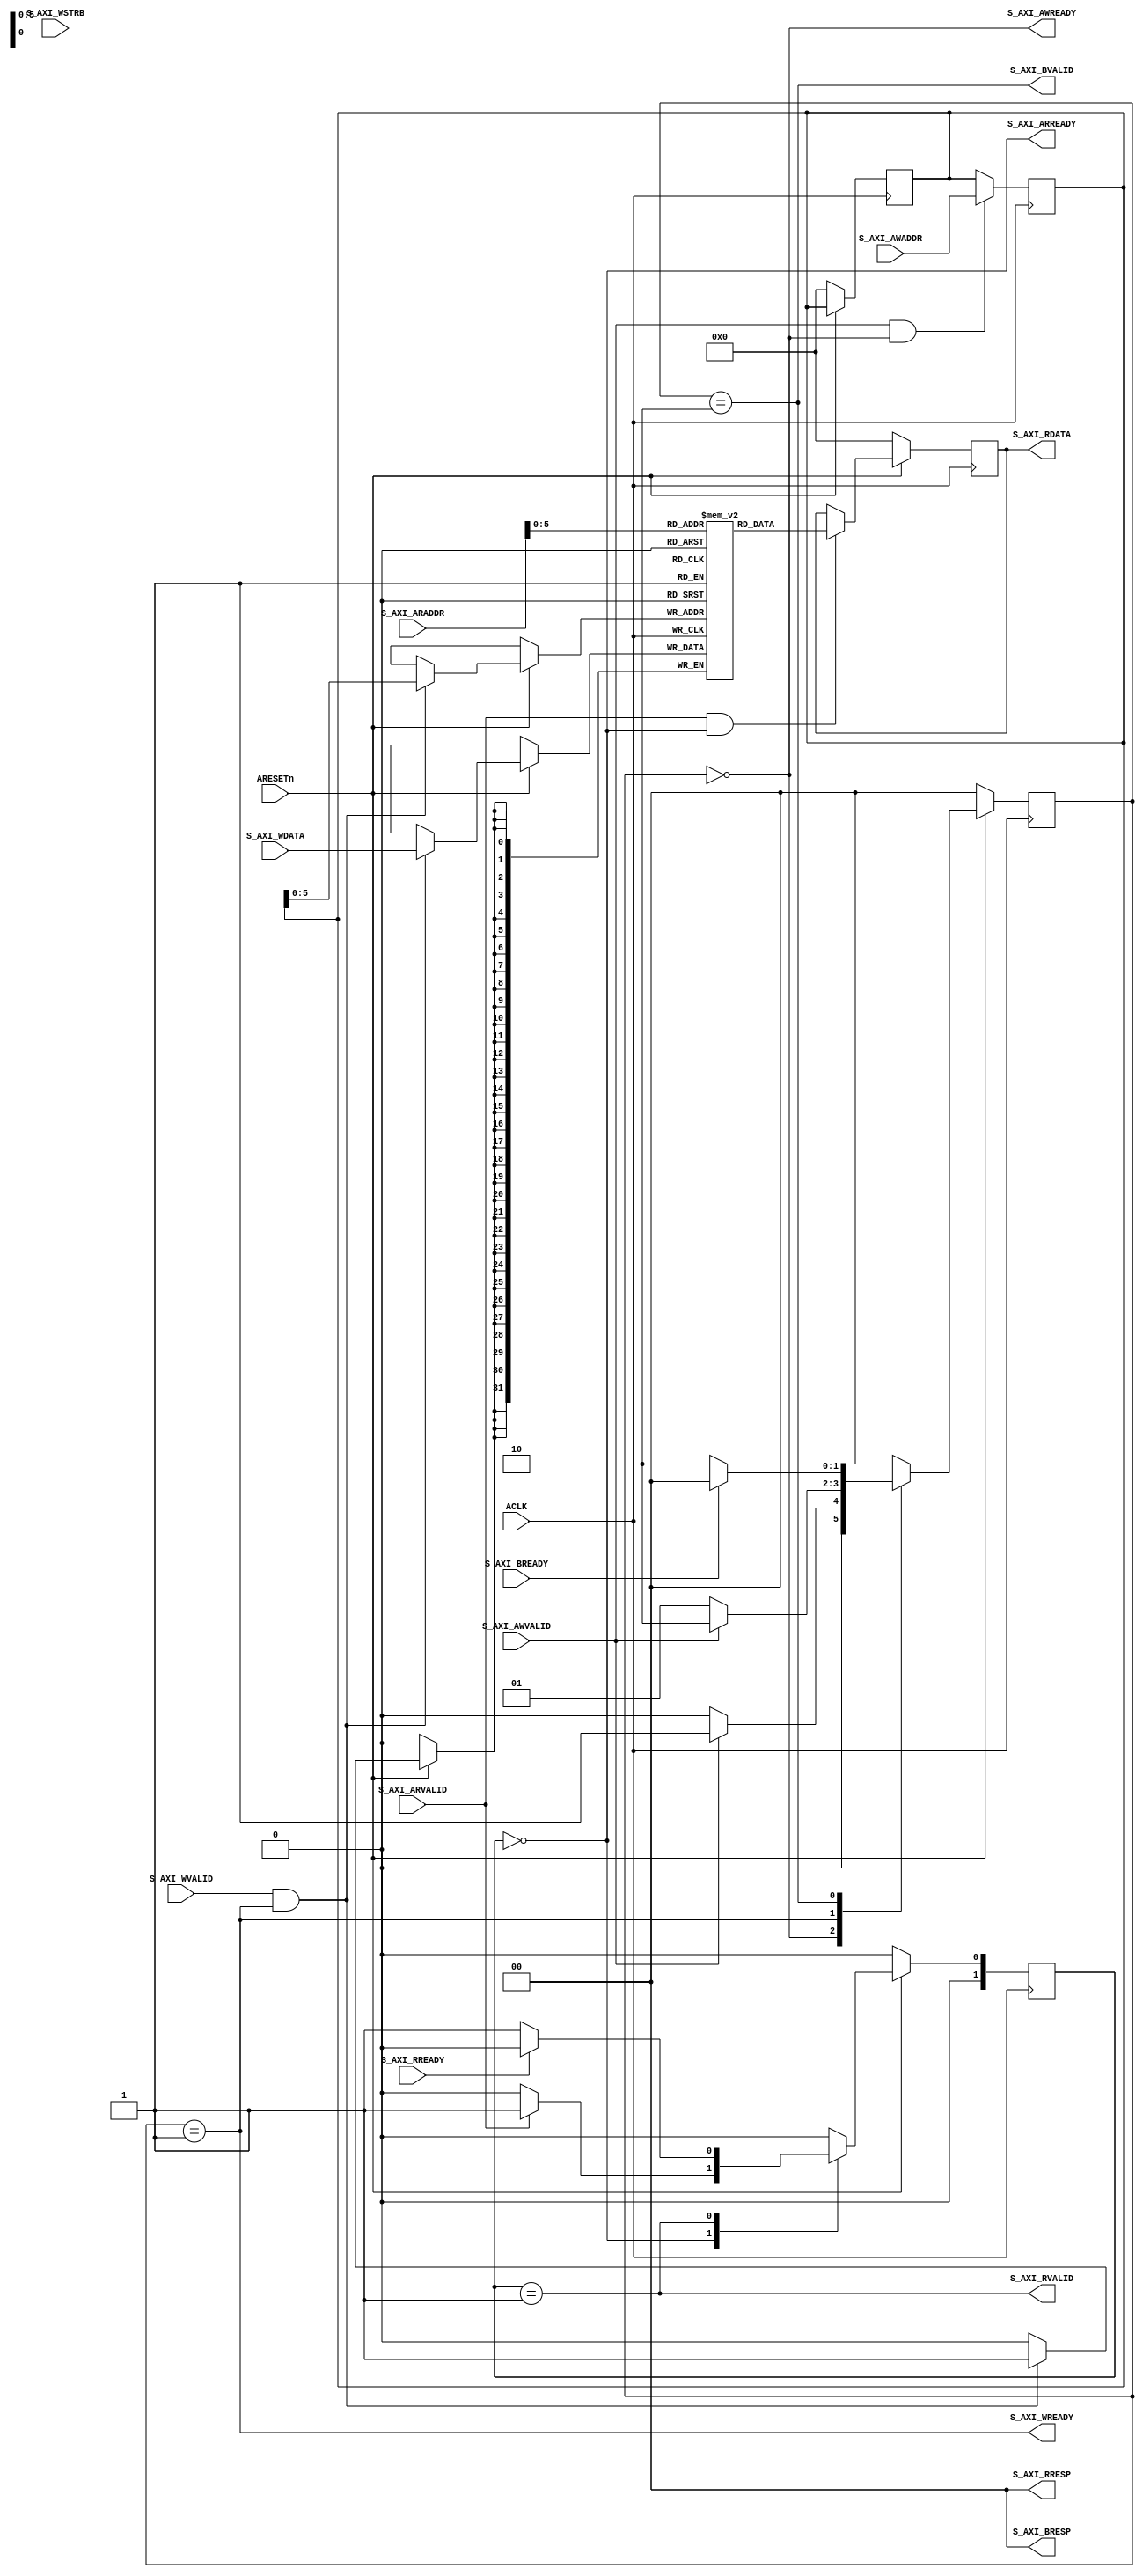
`timescale 1ns / 1ps
//////////////////////////////////////////////////////////////////////////////////
// Company: 
// 
// Design Name: 
// Module Name: axi4_lite_slave_fsm
// 
//////////////////////////////////////////////////////////////////////////////////


module axi4_lite_slave_fsm #
(
    parameter DATA_WIDTH = 32,
    parameter ADDR_WIDTH = 32,
    parameter STRB_WIDTH = (DATA_WIDTH/8)
)(
    input  wire        ACLK,
    input  wire        ARESETn,

    // WRITE Address Channel
    output wire        			 S_AXI_AWREADY,
    input  wire        			 S_AXI_AWVALID,
    input  wire [ADDR_WIDTH-1:0] S_AXI_AWADDR,
    
    // WRITE Data Channel
    output wire        			 S_AXI_WREADY,
    input  wire                  S_AXI_WVALID,
    input  wire [DATA_WIDTH-1:0] S_AXI_WDATA,  
    input  wire [STRB_WIDTH-1:0] S_AXI_WSTRB, 
                                                
    //WRITE Response Channel
    input  wire        S_AXI_BREADY, 
    output wire        S_AXI_BVALID, 
    output wire [1:0]  S_AXI_BRESP,

    // READ Address Channel
    // S_AXI_ARPROT 
    // S_AXI_ARCACHE
    output wire        			 S_AXI_ARREADY, 
    input  wire        			 S_AXI_ARVALID, 
    input  wire [ADDR_WIDTH-1:0] S_AXI_ARADDR,

    // READ Data Channel	
    input  wire        			 S_AXI_RREADY, 
    output wire        			 S_AXI_RVALID, 
    output wire [1:0]  			 S_AXI_RRESP,  
    output wire [DATA_WIDTH-1:0] S_AXI_RDATA
);

    localparam SET_OK   = 2'b00;
    localparam SET_HIGH = 1'b1;
    localparam SET_LOW  = 1'b0;

     // (* RAM_STYLE="BLOCK" *)
    reg [DATA_WIDTH-1:0] BRAM[(2**6)-1:0];

	// WRITE
	localparam S_WRIDLE = 2'd0,
			   S_WRDATA = 2'd1,
			   S_WRRESP = 2'd2;
	// READ
	localparam S_RDIDLE = 2'd0,
			   S_RDDATA = 2'd1;
	
	// WRITE
	reg [1:0] WRITE_STATE, NEXT_WRITE_STATE;
	reg [ADDR_WIDTH-1:0] WRITE_ADDR;
	wire [ADDR_WIDTH-1:0] MASK;
	wire ADDR_WRITE_EN, WRITE_EN;
	// READ
	reg [1:0] READ_STATE, NEXT_READ_STATE;
	wire [ADDR_WIDTH-1:0] RADDR;
	reg [ADDR_WIDTH-1:0] RDATA;
	wire ar_hs;


    // WRITE
	assign S_AXI_AWREADY = (WRITE_STATE == S_WRIDLE);
	assign S_AXI_WREADY  = (WRITE_STATE == S_WRDATA);
	assign S_AXI_BRESP   = SET_OK;
	assign S_AXI_BVALID  = (WRITE_STATE == S_WRRESP);
	assign MASK = {{8{S_AXI_WSTRB[3]}}, {8{S_AXI_WSTRB[2]}}, {8{S_AXI_WSTRB[1]}}, {8{S_AXI_WSTRB[0]}}};
	assign ADDR_WRITE_EN = S_AXI_AWVALID & S_AXI_AWREADY;
	assign WRITE_EN = S_AXI_WVALID & S_AXI_WREADY;

	// WRITE
	always @(posedge ACLK)
	begin
		if (!ARESETn)
			WRITE_STATE <= S_WRIDLE;
		else
			WRITE_STATE <= NEXT_WRITE_STATE;
	end
	
	// WRITE
	always @(*)
	begin
		case (WRITE_STATE)
			S_WRIDLE:
				if (S_AXI_AWVALID)
					NEXT_WRITE_STATE = S_WRDATA;
				else
					NEXT_WRITE_STATE = S_WRIDLE;
			S_WRDATA:
				if (S_AXI_AWVALID)
					NEXT_WRITE_STATE = S_WRRESP;
				else
					NEXT_WRITE_STATE = S_WRDATA;
			S_WRRESP:
				if (S_AXI_BREADY)
					NEXT_WRITE_STATE = S_WRIDLE;
				else
					NEXT_WRITE_STATE = S_WRRESP;
			default:
				NEXT_WRITE_STATE = S_WRIDLE;
		endcase
	end
	
	// WRITE
	always @(posedge ACLK)
	begin
		if (ADDR_WRITE_EN)
			WRITE_ADDR <= S_AXI_AWADDR[ADDR_WIDTH-1:0];
	end
	
	// READ
	assign S_AXI_ARREADY = (READ_STATE == S_RDIDLE);
	assign S_AXI_RDATA = RDATA;
	assign S_AXI_RRESP = SET_OK;  
	assign S_AXI_RVALID = (READ_STATE == S_RDDATA);
	assign ADDR_READ_EN = S_AXI_ARVALID & S_AXI_ARREADY;
	assign RADDR = S_AXI_ARADDR[ADDR_WIDTH-1:0];
	
	// READ
	always @(posedge ACLK)
	begin
		if (!ARESETn)
			READ_STATE <= S_RDIDLE;
		else
			READ_STATE <= NEXT_READ_STATE;
	end

	// READ
	always @(*) 
	begin
		case (READ_STATE)
			S_RDIDLE:
				if (S_AXI_ARVALID)
					NEXT_READ_STATE = S_RDDATA;
				else
					NEXT_READ_STATE = S_RDIDLE;
			S_RDDATA:
				if (S_AXI_RREADY)
					NEXT_READ_STATE = S_RDIDLE;
				else
					NEXT_READ_STATE = S_RDDATA;
			default:
				NEXT_READ_STATE = S_RDIDLE;
		endcase
	end
	
	// READ
	always @(posedge ACLK)
	begin
	    if (!ARESETn)
	        RDATA <= 0;
		else if (ADDR_READ_EN)
			RDATA <= BRAM[RADDR];
	end

    // WRITE
    always @(posedge ACLK)
	begin
	    if (!ARESETn)
	    begin
            WRITE_ADDR <= 0;
        end
		else if (WRITE_EN)
		begin
			BRAM[WRITE_ADDR] <= S_AXI_WDATA;
	    end
	end
	

endmodule